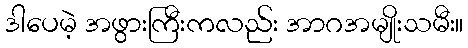
ဒါပေမဲ့ အဖွားကြီးကလည်း အာဂအမျိုးသမီး။